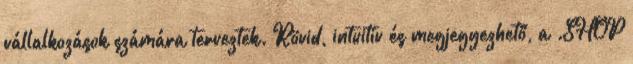
vállalkozások számára terveztek. Rövid, intuitív és megjegyezhető, a .SHOP